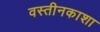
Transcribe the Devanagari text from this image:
वस्तीनकाशा